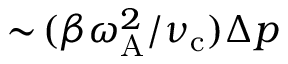
\sim \! ( \beta \omega _ { \mathrm { A } } ^ { 2 } / \nu _ { \mathrm { c } } ) \Delta p